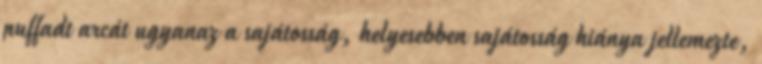
puffadt arcát ugyanaz a sajátosság, helyesebben sajátosság hiánya jellemezte,